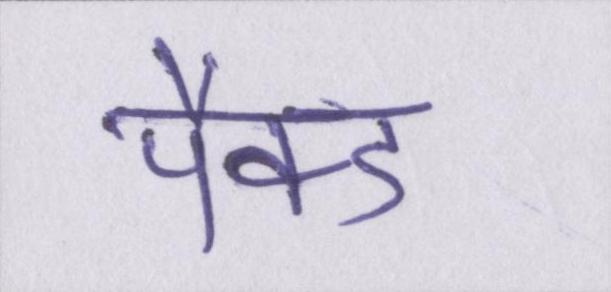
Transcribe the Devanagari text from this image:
पैक्ड